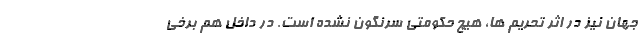
جهان نیز در اثر تحریم ها، هیچ حکومتی سرنگون نشده است. در داخل هم برخی